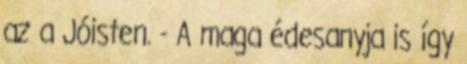
az a Jóisten. - A maga édesanyja is így